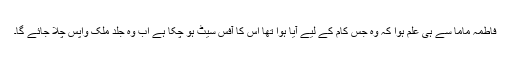
فاطمہ ماما سے ہی علم ہوا کہ وہ جس کام کے لیے آیا ہوا تھا اس کا آفس سیٹ ہو چکا ہے اب وہ جلد ملک واپس چلا جائے گا۔